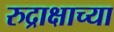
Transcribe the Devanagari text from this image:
रुद्राक्षाच्या